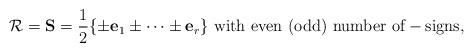
LaTeX: \begin{align*}{\cal R}={\bf S}={1\over2}\{\pm{\bf e}_1\pm \cdots\pm{\bf e}_r\}\ \mbox{with even (odd) number of} -\mbox{signs},\end{align*}